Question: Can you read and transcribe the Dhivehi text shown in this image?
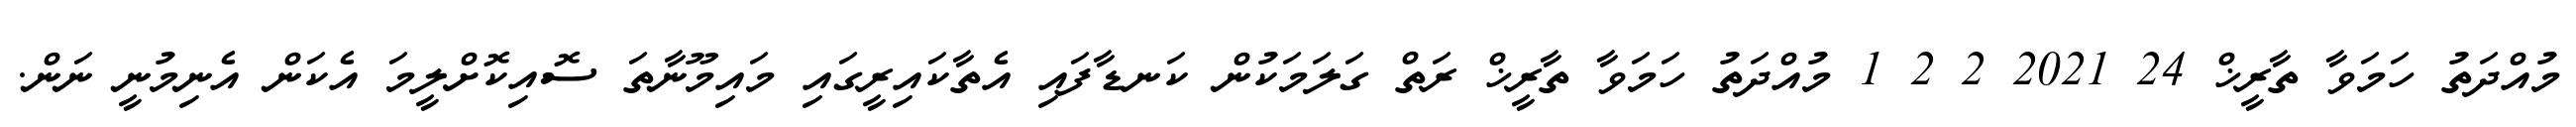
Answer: މުއްދަތު ހަމަވާ ތާރީޚް 24 2021 2 2 1 މުއްދަތު ހަމަވާ ތާރީޚް ރަތް ގަލަމަކުން ކަނޑާފައި އެތާކައިރީގައި މައިމޫނާތަ ސޮއިކޮށްލީމަ އެކަން އެނިމުނީ ނަން.